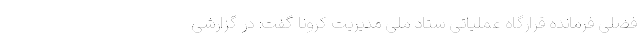
فضلی فرمانده قرارگاه عملیاتی ستاد ملی مدیریت کرونا گفت: در گزارشی